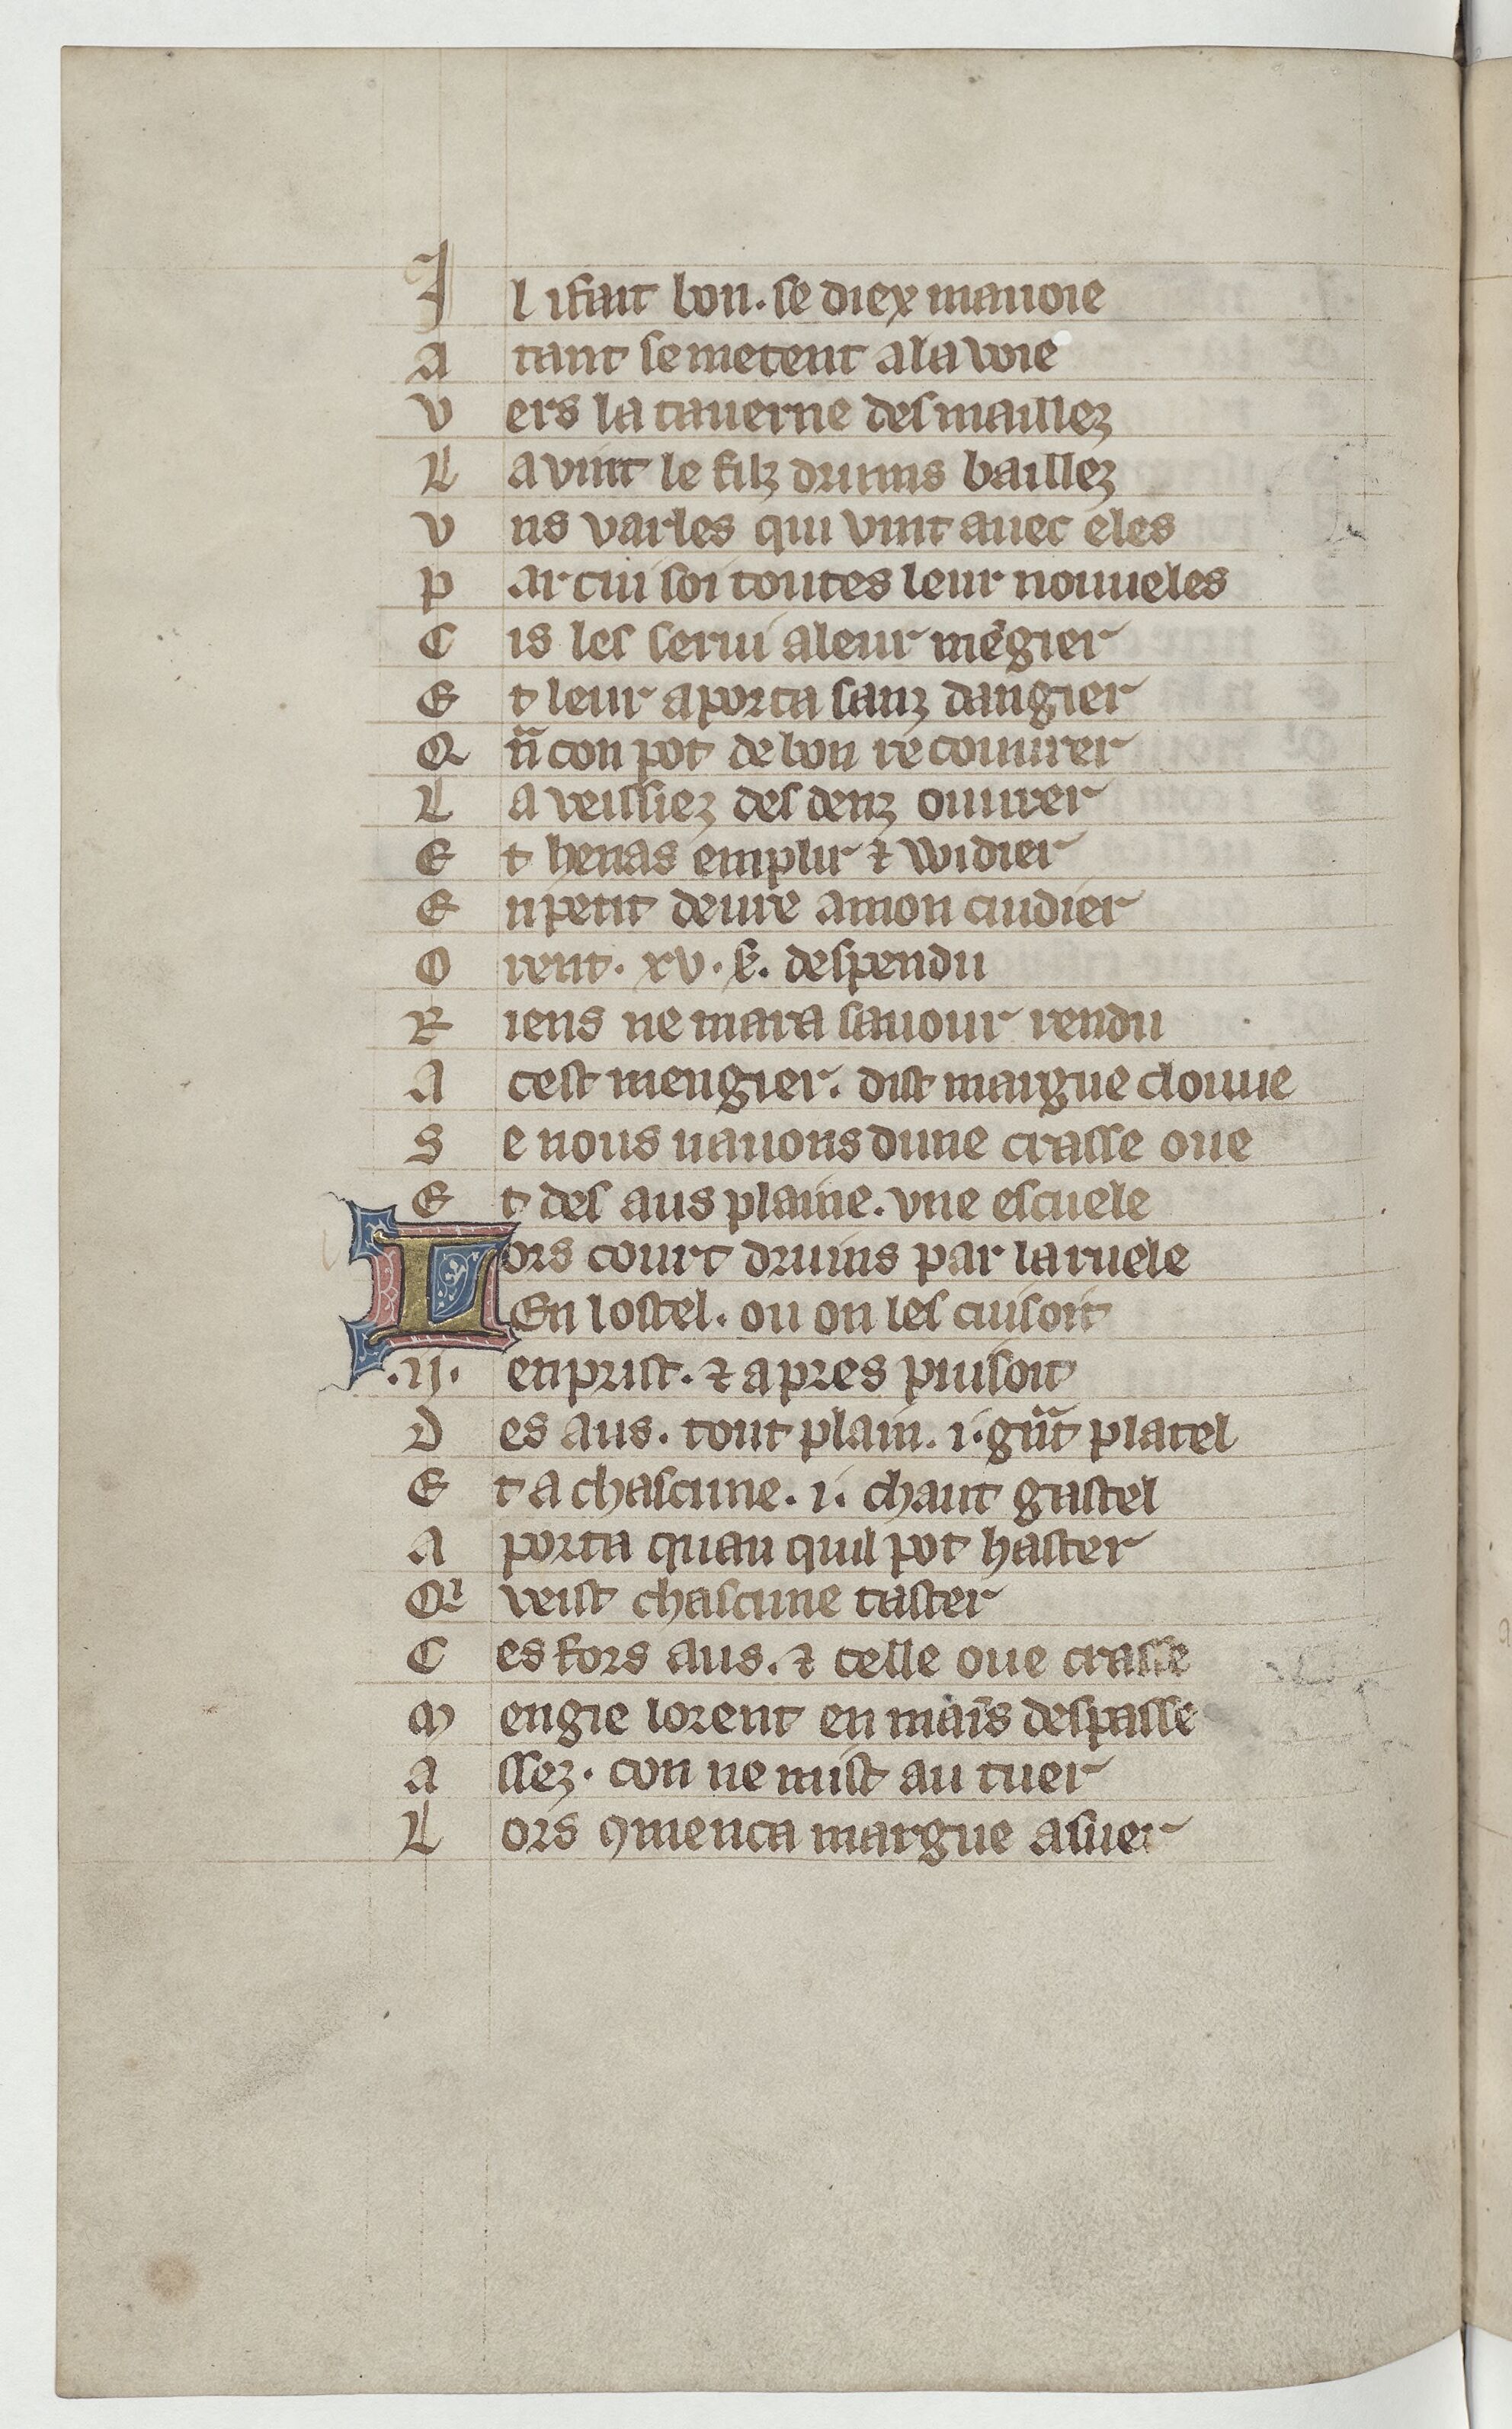
Shelfmark: Paris, BnF, Arsenal ms. 3525
Century: 14